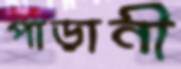
পাড়ানী